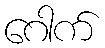
ဂေါက်